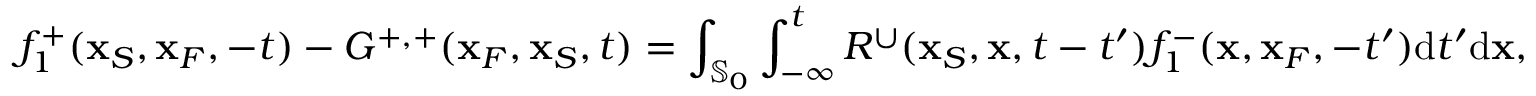
f _ { 1 } ^ { + } ( { \bf x } _ { S } , { \bf x } _ { F } , - t ) - G ^ { + , + } ( { \bf x } _ { F } , { \bf x } _ { S } , t ) = \int _ { { \mathbb { S } _ { 0 } } } \int _ { - \infty } ^ { t } R ^ { \cup } ( { \bf x } _ { S } , { \bf x } , t - t ^ { \prime } ) f _ { 1 } ^ { - } ( { \bf x } , { \bf x } _ { F } , - t ^ { \prime } ) \mathrm { d } t ^ { \prime } \mathrm { d } { \bf x } ,